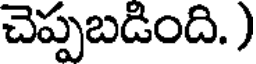
చెప్పబడింది. )